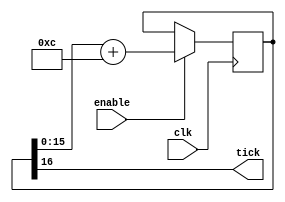
module baud_generator(
    input clk, enable,
    output tick
);
    parameter clkFrequency = 50000000;
    parameter baud = 9600;
    parameter baudGeneratorAccWidth = 16;
    parameter baudGeneratorInc = (baud<<baudGeneratorAccWidth)/clkFrequency; // Deve ser igual a 151

    reg [baudGeneratorAccWidth:0] baudGeneratorAcc;

    always @(posedge clk) begin
      if(enable)
        baudGeneratorAcc <= baudGeneratorAcc[baudGeneratorAccWidth-1:0] + baudGeneratorInc;
    end

    reg tick = baudGeneratorAcc[baudGeneratorAccWidth];

endmodule